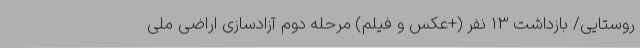
روستایی/ بازداشت 13 نفر (+عکس و فیلم) مرحله دوم آزادسازی اراضی ملی